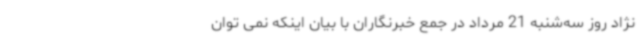
نژاد روز سه‌شنبه 21 مرداد در جمع خبرنگاران با بیان اینکه نمی توان